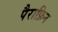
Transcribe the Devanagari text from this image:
पैराफ़िन